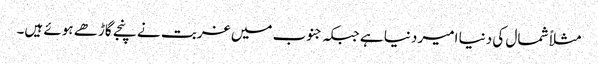
مثلاً شمال کی دنیا امیر دنیا ہے جبکہ جنوب میں غربت نے پنجے گاڑھے ہوئے ہیں۔